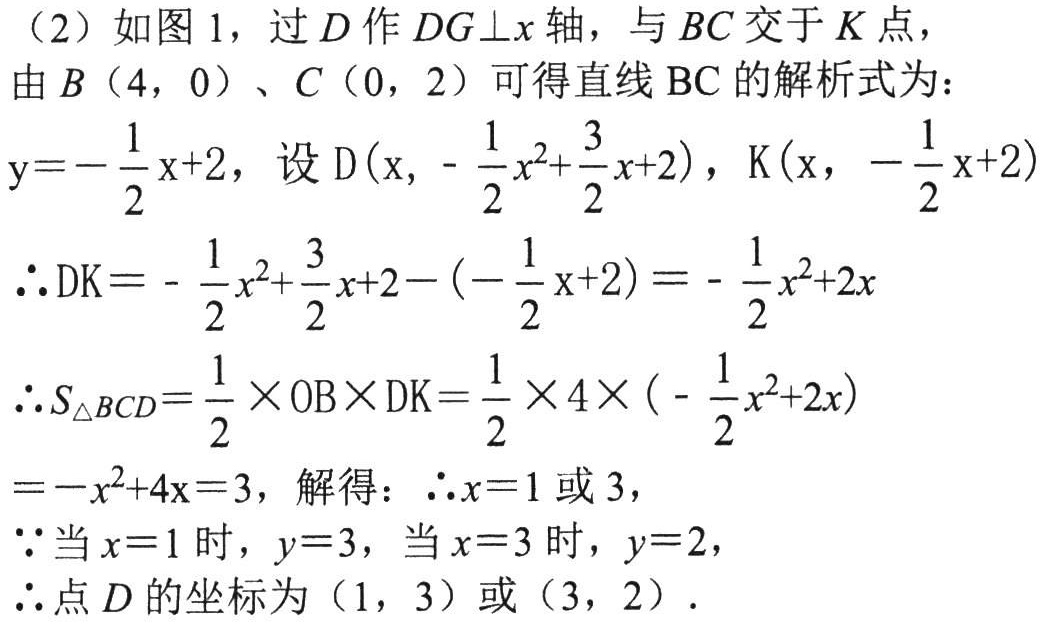
（2）如图 1，过\(D\)作\(DG\perp x\)轴，与\(BC\)交于\(K\)点，
由\(B(4,0)\)、\(C(0,2)\)可得直线\(BC\)的解析式为：
\(y = -\frac{1}{2}x + 2\)，设\(D(x,-\frac{1}{2}x^{2}+\frac{3}{2}x + 2)\)，\(K(x,-\frac{1}{2}x + 2)\)
\(\therefore DK=-\frac{1}{2}x^{2}+\frac{3}{2}x + 2 - (-\frac{1}{2}x + 2)=-\frac{1}{2}x^{2}+2x\)
\(\therefore S_{\triangle BCD}=\frac{1}{2}\times OB\times DK=\frac{1}{2}\times 4\times (-\frac{1}{2}x^{2}+2x)\)
\(=-x^{2}+4x = 3\)，解得：\(\therefore x = 1\)或\(3\)，
\(\because\)当\(x = 1\)时，\(y = 3\)，当\(x = 3\)时，\(y = 2\)，
\(\therefore\)点\(D\)的坐标为\((1,3)\)或\((3,2)\)．